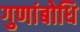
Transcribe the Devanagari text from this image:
गुणांबोधि